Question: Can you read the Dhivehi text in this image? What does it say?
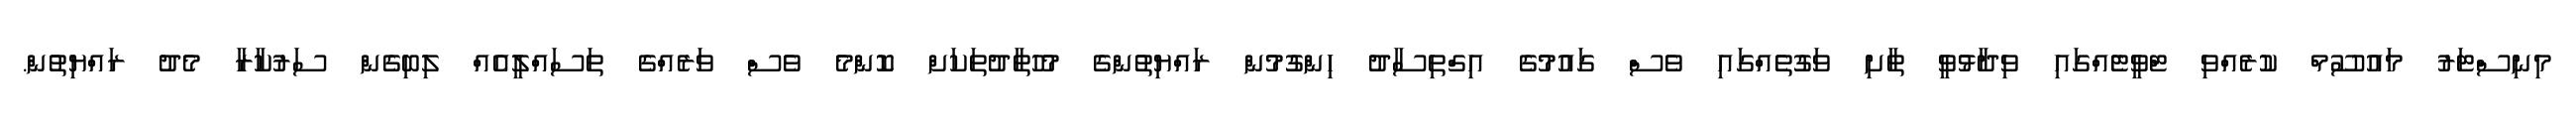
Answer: މިނިސްޓަރު މައުސޫމް ކުރެއްވި ޓްވީޓެއްގައި ވިދާޅުވީ ތާށި ވަގުތެއްގައި ވެސް ގައުމުގެ އިގްތިސާދު ހިންގުމުން ރައްޔިތުންގެ މުހުތާދުތަކަށް ކޮންމެ ވެސް ވަރެއްގެ ތަސައްލީއެއް ލިބިގެން ސަރުކާރާ މެދު ރައްޔިތުން.